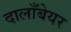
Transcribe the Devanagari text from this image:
दालाँबेयर